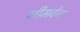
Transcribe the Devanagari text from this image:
भीमवेग